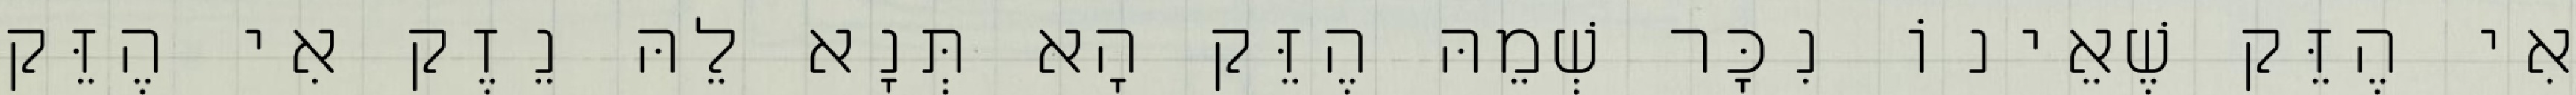
אִי הֶזֵּק שֶׁאֵינוֹ נִכָּר שְׁמֵהּ הֶזֵּק הָא תְּנָא לֵהּ נֵזֶק אִי הֶזֵּק